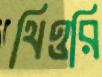
থিওরি